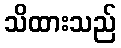
သိထားသည်